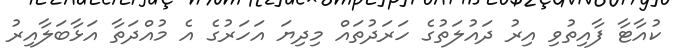
ކުއާޓާ ފާއިތުވި އިރު ދައުލަތުގެ ހަރަދުތައް މިދިޔަ އަހަރުގެ އެ މުއްދަތާ އަޅާބަލާއިރު